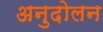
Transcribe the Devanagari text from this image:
अनुदोलन